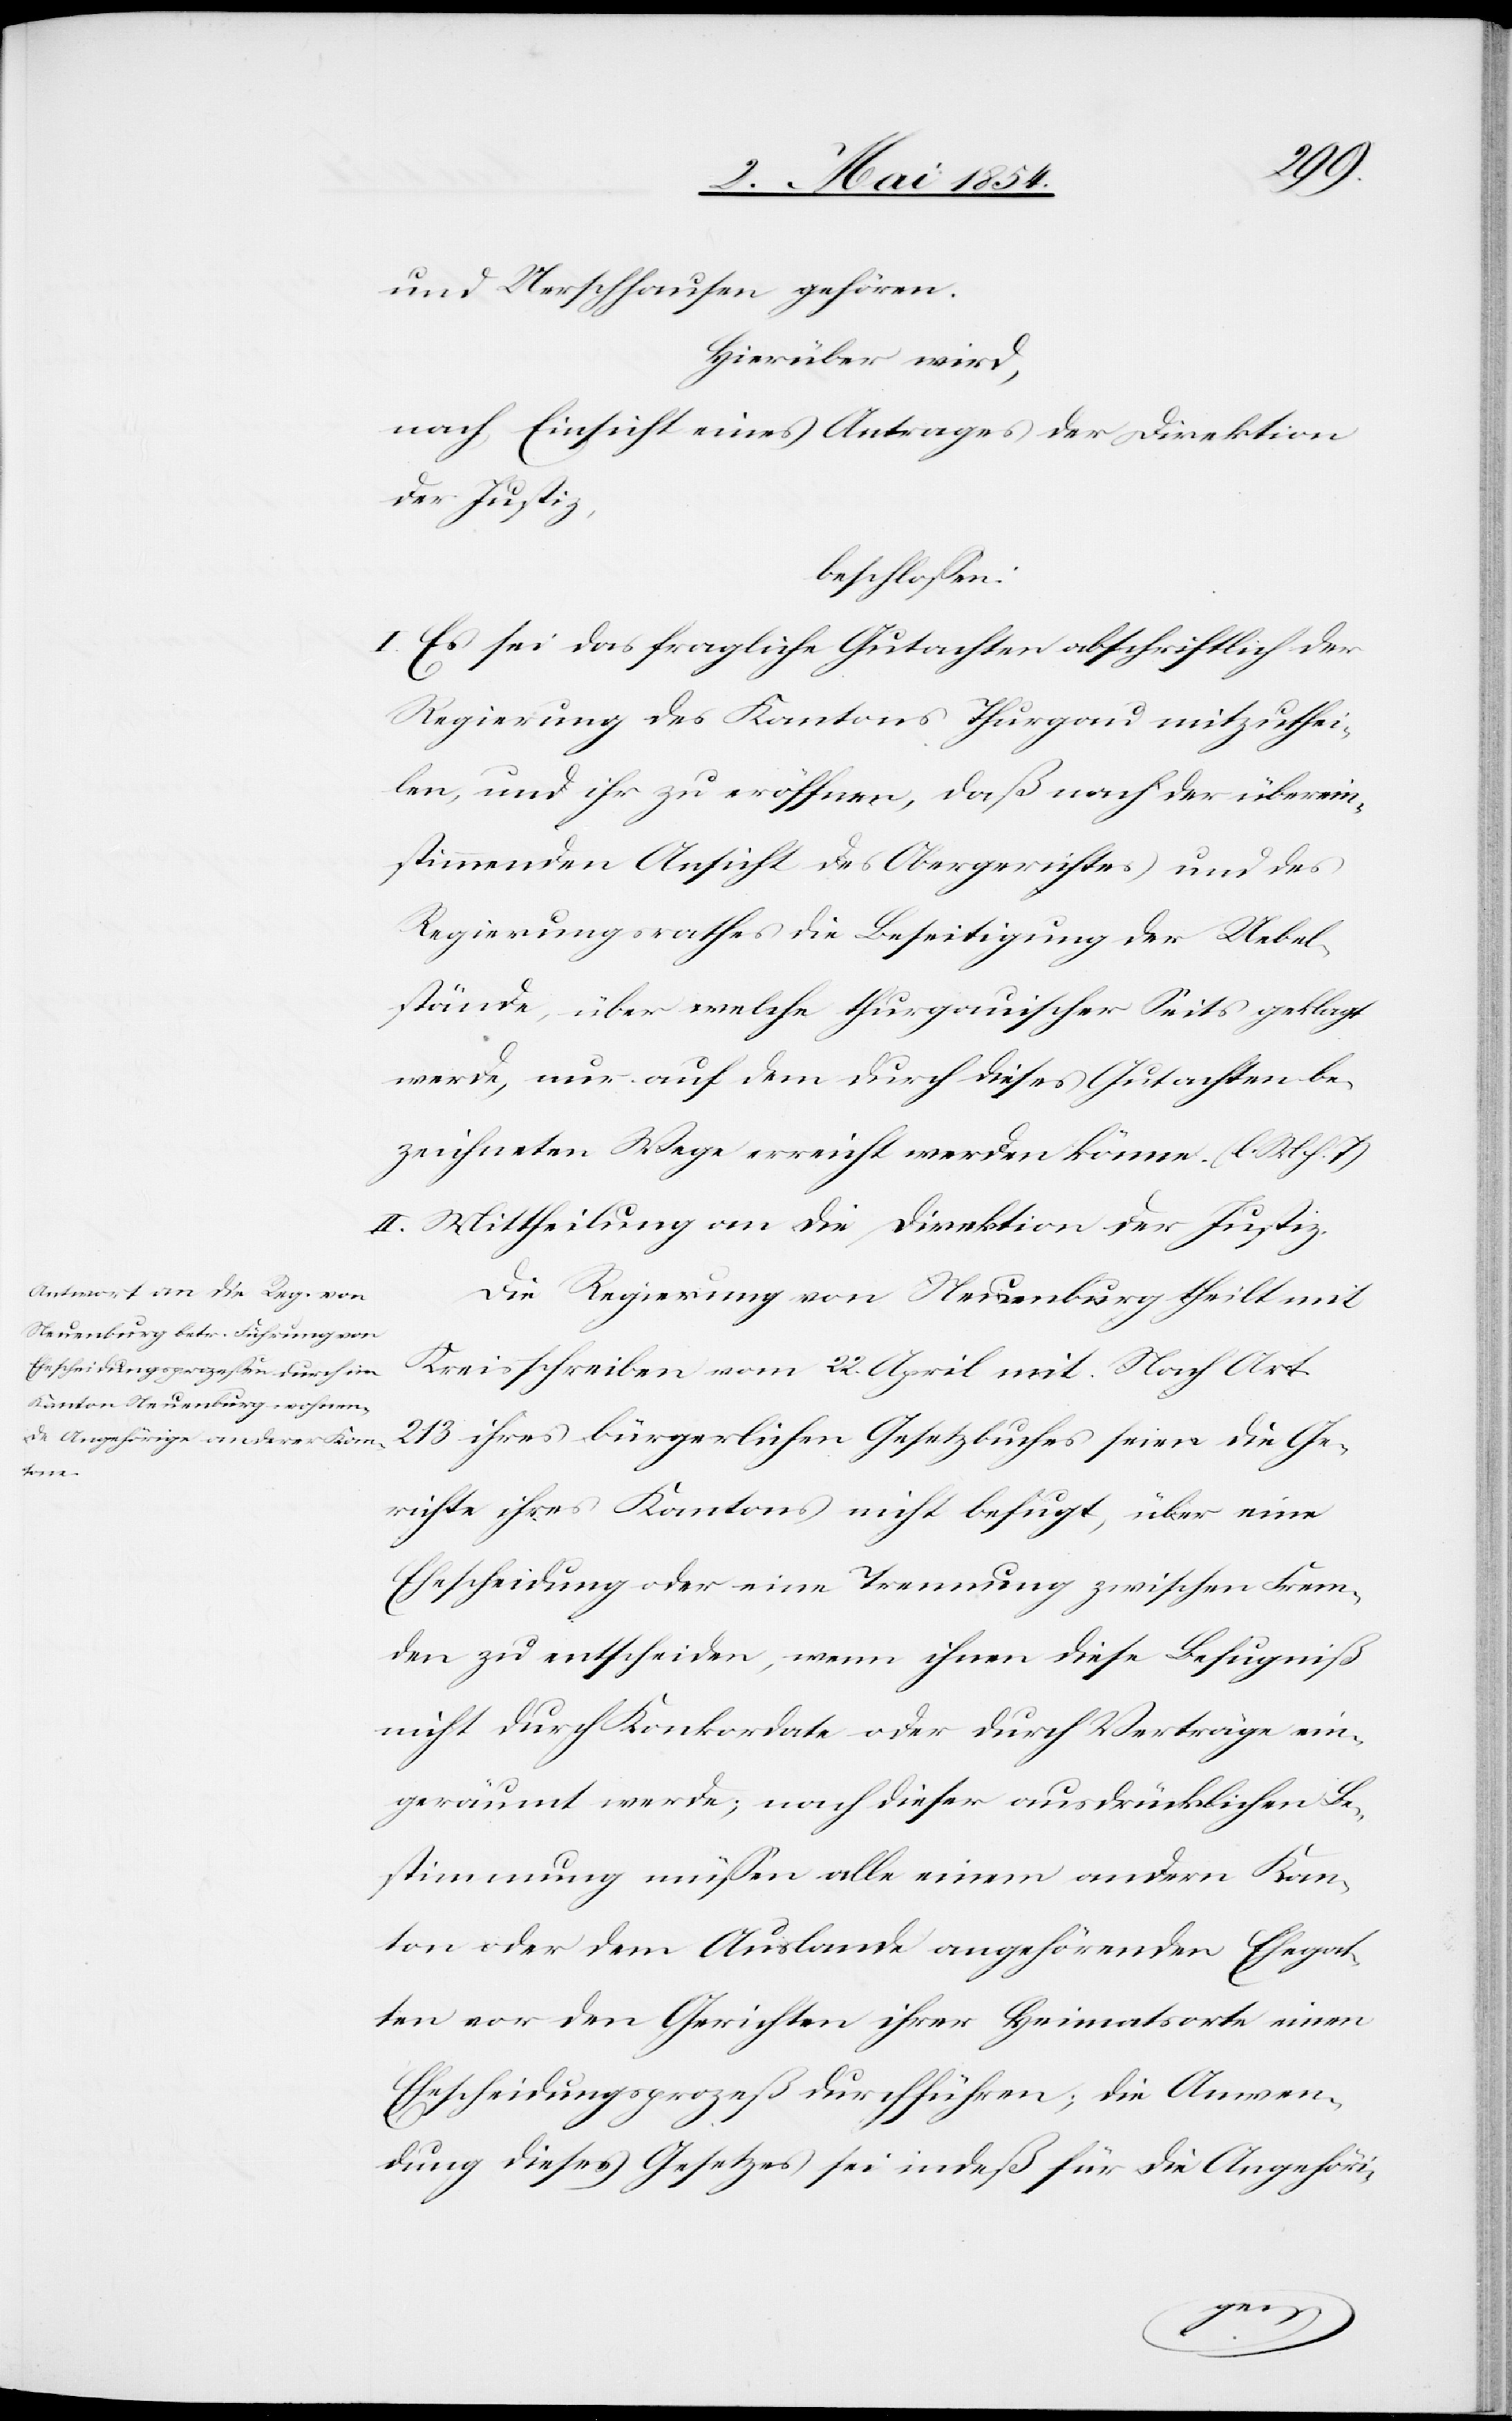
und Uerschhausen gehören.
Hierüber wird,
nach Einsicht eines Antrages der Direktion
der Justiz,
beschloßen:
I. Es sei das fragliche Gutachten abschriftlich der
Regierung des Kantons Thurgau mitzuthei¬
len und ihr zu eröffnen, daß nach der überein¬
stimmenden Ansicht des Obergerichtes und des
Regierungsrathes die Beseitigung der Uebel¬
stände, über welche thurgauischer Seits geklagt
werde, nur auf dem durch dieses Gutachten be¬
zeichneten Wege erreicht werden könne. (l. M. h. T.)
II. Mittheilung an die Direktion der Justiz.
Die Regierung von Neuenburg theilt mit
Kreisschreiben vom 22. April mit: Nach Art.
213 ihres bürgerlichen Gesetzbuches seien die Ge¬
richte ihres Kantons nicht befugt, über eine
Ehescheidung oder eine Trennung zwischen Frem¬
den zu entscheiden, wenn ihnen diese Befugniß
nicht durch Konkordate oder durch Verträge ein¬
geräumt werde, nach dieser ausdrücklichen Be¬
stimmung müßen alle einem andern Kan¬
ton oder dem Auslande angehörenden Ehegat¬
ten vor den Gerichten ihrer Heimatsorte einen
Ehescheidungsprozeß durchführen; die Anwen¬
dung dieses Gesetzes sei indeß für die Angehöri-